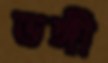
ভঙ্গী